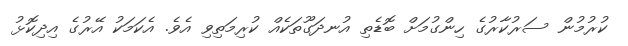
ކުރުމުން ސަރުކާރުގެ ހިންގުމަށް ބޮޑެތި އުނދަގޫތަކެއް ކުރިމަތިވި އެވެ. އެކަމަކު އޭރުގެ އިދިކޮޅު